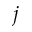
j